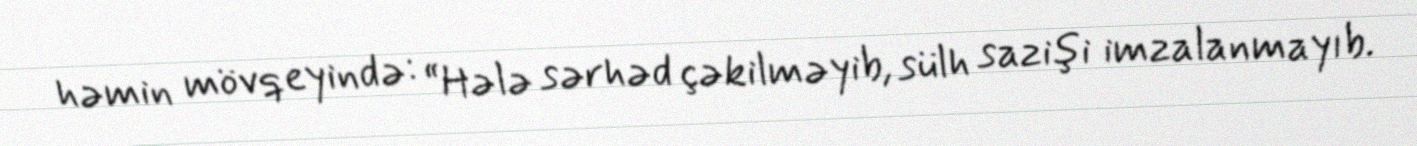
həmin mövqeyində: “Hələ sərhəd çəkilməyib, sülh sazişi imzalanmayıb.